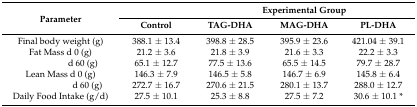
| <ROWSPAN=2> Parameter |  | <COLSPAN=3> Experimental Group |
 | Control | TAG-DHA | MAG-DHA | PL-DHA |
 | --- | --- | --- | --- | --- |
 | Final body weight (g) | 388.1 ± 13.4 | 398.8 ± 28.5 | 395.9 ± 23.6 | 421.04 ± 39.1 |
 | Fat Mass d 0 (g) | 21.2 ± 3.6 | 21.8 ± 3.9 | 21.6 ± 3.3 | 22.2 ± 3.3 |
 | d 60 (g) | 65.1 ± 12.7 | 77.5 ± 13.6 | 65.5 ± 14.5 | 79.7 ± 28.7 |
 | Lean Mass d 0 (g) | 146.3 ± 7.9 | 146.5 ± 5.8 | 146.7 ± 6.9 | 145.8 ± 6.4 |
 | d 60 (g) | 272.7 ± 16.7 | 270.6 ± 21.5 | 280.1 ± 13.7 | 288.0 ± 12.7 |
 | Daily Food Intake (g/d) | 27.5 ± 10.1 | 25.3 ± 8.8 | 27.5 ± 7.2 | 30.6 ± 10.1 * |